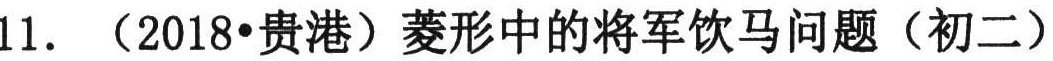
11. （2018•贵港）菱形中的将军饮马问题（初二）